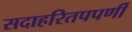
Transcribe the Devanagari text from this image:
सदाहरितपपर्णी